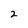
Character: 2